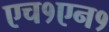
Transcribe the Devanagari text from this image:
एच१एन१